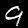
Digit: 9